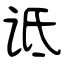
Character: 诋